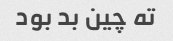
ته چین بد بود